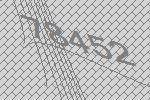
78452